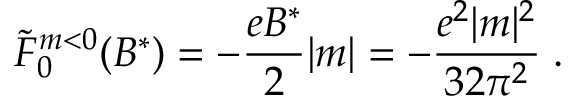
{ \tilde { \cal { F } } } _ { 0 } ^ { m < 0 } ( B ^ { * } ) = - \frac { e B ^ { * } } { 2 } | m | = - \frac { e ^ { 2 } | m | ^ { 2 } } { 3 2 \pi ^ { 2 } } \; .